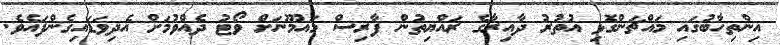
އިންތިހާބުގައި މައްޗަންގޮޅި އުތުރު ދާއިރާގެ ރައްޔިތުން ފާރިސް މައުމޫނަށް ވޯޓު ދެއްވުމަށް އެދިވަޑައިގެންފައެވެ.